Lunatic asylums Punjab 1895-1910 - 1895-1910
Year: 1895
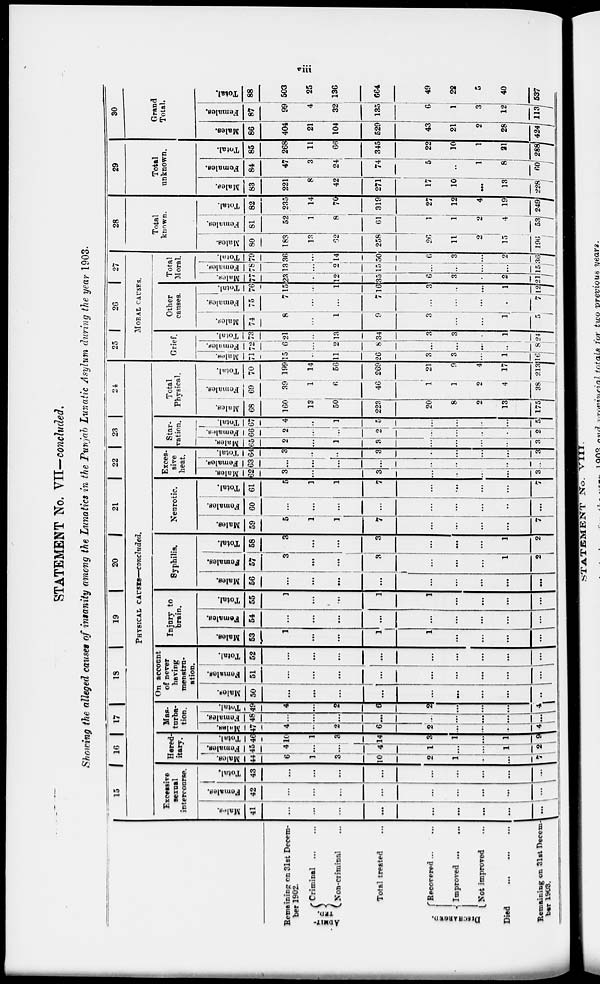
viii
STATEMENT No. VII—concluded.
Showing the alleged causes of insanity among the Lunatics in the Punjab Lunatic Asylum during the year 1903.
Remaining on 31st Decem-
ber 1902.
ADMIT-
TED. Criminal ... ...
Non-criminal ...
Total treated
DISCHARGED
Recovered ... ...
Improved ...
...
Not improved
...
Died ... ... ...
Remaining on 31st Decem-
ber 1903.
15 16 17
18
19
20
21
22
23
24
PHYSICAL CAUSES—concluded.
Excessive
sexual
intercourse.
Mates.
41
...
...
...
...
...
...
...
...
...
Females.
42
...
...
...
...
...
...
...
...
...
Total.
43
...
...
...
...
...
...
...
...
...
Hered-
itary.
Males.
44
6
1
3
10
2
1
...
...
7
Females.
45
4
...
...
4
1
...
...
1
2
Total.
46
10
1
3
14
3
1
...
1
9
Mas.
turba-
tion.
Males.
47
4
...
2
6
2
...
...
...
4
Females.
48
...
...
...
...
...
...
...
...
...
Total.
49
4
...
2
6
2
...
...
...
4
On account
of never
having
menstru-
ation.
Males.
50
...
...
...
...
...
...
...
...
...
Females.
51
...
...
...
...
...
...
...
...
...
Total.
52
...
...
...
...
...
...
...
...
...
Injury to
brain.
Males.
S3
1
...
...
1
1
...
...
...
...
Females.
54
...
...
...
...
...
...
...
...
...
Total.
55
1
...
...
1
1
...
...
...
...
Syphilis.
Males.
56
...
...
...
...
...
...
...
...
...
Females.
57
3
...
...
3
...
...
...
1
2
Total.
58
3
...
...
3
...
...
...
1
2
Neurotic.
Males.
59
5
1
1
7
...
...
...
...
7
Females.
60
...
...
...
...
...
...
...
...
...
Total.
61
5
3
1
7
...
...
... 1
...
7
Exces-
sive
heat.
Males.
62
3
...
...
3
...
...
...
...
3
Females.
63
...
...
...
...
...
...
...
...
...
Total.
64
3
...
...
3
...
...
...
...
3
Star-
vation.
Males.
65
2
...
1
3
...
...
...
...
3
Females.
66
2
...
...
2
...
...
...
...
2
Total.
67
4
...
1
5
...
...
...
...
5
Total
Physical.
Males.
68
160
13
50
223
20
8
2
13
175
Females.
69
39
1
6
46
1
1
2
4
38
Total.
70
199
14
56
269
21
9
4
17
213
25
26
27
MORAL CAUSES.
Grief.
Males.
71
15
...
11
26
3
3
...
1
16
Females.
72
6
...
2
8
...
...
...
...
8
Total.
73
21
...
13
34
3
3
...
1
24
Other
causes.
Males.
74
8
...
1
9
3
...
...
1
5
Females.
75
7
...
...
7
...
...
...
7
Total.
76
15
1
16
3
...
...
1
12
Total
Moral.
Males.
77
23
...
12
35
6
3
...
2
21
Females.
78
13
...
2
15
...
...
...
...
15
Total.
79
36
...
14
50
6
3
...
2
36
28
Total
known.
Males.
80
183
13
62
258
26
11
2
15
196
Females.
81
52
1
8
61
1
1
2
4
53
Total.
82
235
14
70
319
27
12
4
19
249
29
Total
unknown.
Males.
83
221
8
42
271
17
10
...
13
228
Females.
84
47
3
24
74
5
...
1
8
60
Total.
85
268
11
66
345
22
10
1
21
288
30
Grand
Total.
Males.
86
404
21
104
529
43
21
2
28
424
Females.
87
99
4
32
135
6
1
3
12
113
Total.
88
503
25
136
664
49
22
5
40
537